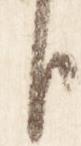
臣